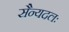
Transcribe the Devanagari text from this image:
सैन्यदलः